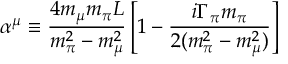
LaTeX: \alpha ^ { \mu } \equiv \frac { 4 m _ { \mu } m _ { \pi } L } { m _ { \pi } ^ { 2 } - m _ { \mu } ^ { 2 } } \left[ 1 - \frac { i \Gamma _ { \pi } m _ { \pi } } { 2 ( m _ { \pi } ^ { 2 } - m _ { \mu } ^ { 2 } ) } \right]